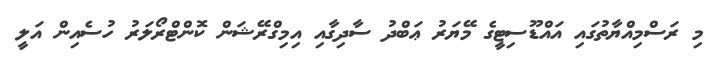
މި ރަސްމިއްޔާތުގައި އައްޑޫސިޓީގެ މޭޔަރު ޢަބްދު ސާދިގާއި އިމިގްރޭޝަން ކޮންޓްރޯލަރު ހުސެއިން އަލީ